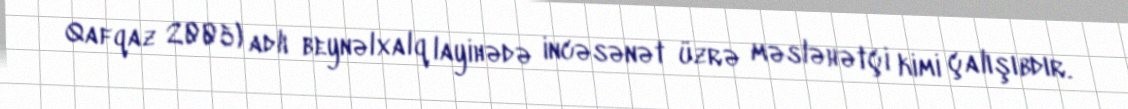
Qafqaz 2005) adlı beynəlxalq layihədə incəsənət üzrə məsləhətçi kimi çalışıbdır.